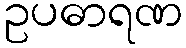
ဥပဓာရဏ